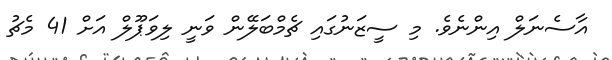
އާސެނަލް އިންނެވެ. މި ސީޒަނުގައި ޗެމްބަލޭން ވަނީ ލިވަޕޫލް އަށް 41 މެޗު